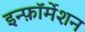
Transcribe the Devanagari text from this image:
इन्फ़ॉर्मेशन